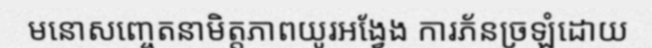
មនោសញ្ចេតនាមិត្តភាពយូរអង្វែង ការភ័នច្រឡំដោយ